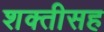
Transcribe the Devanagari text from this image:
शक्तीसह